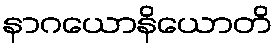
နာဂယောနိယောတိ